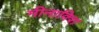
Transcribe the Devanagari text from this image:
मीनाक्शि